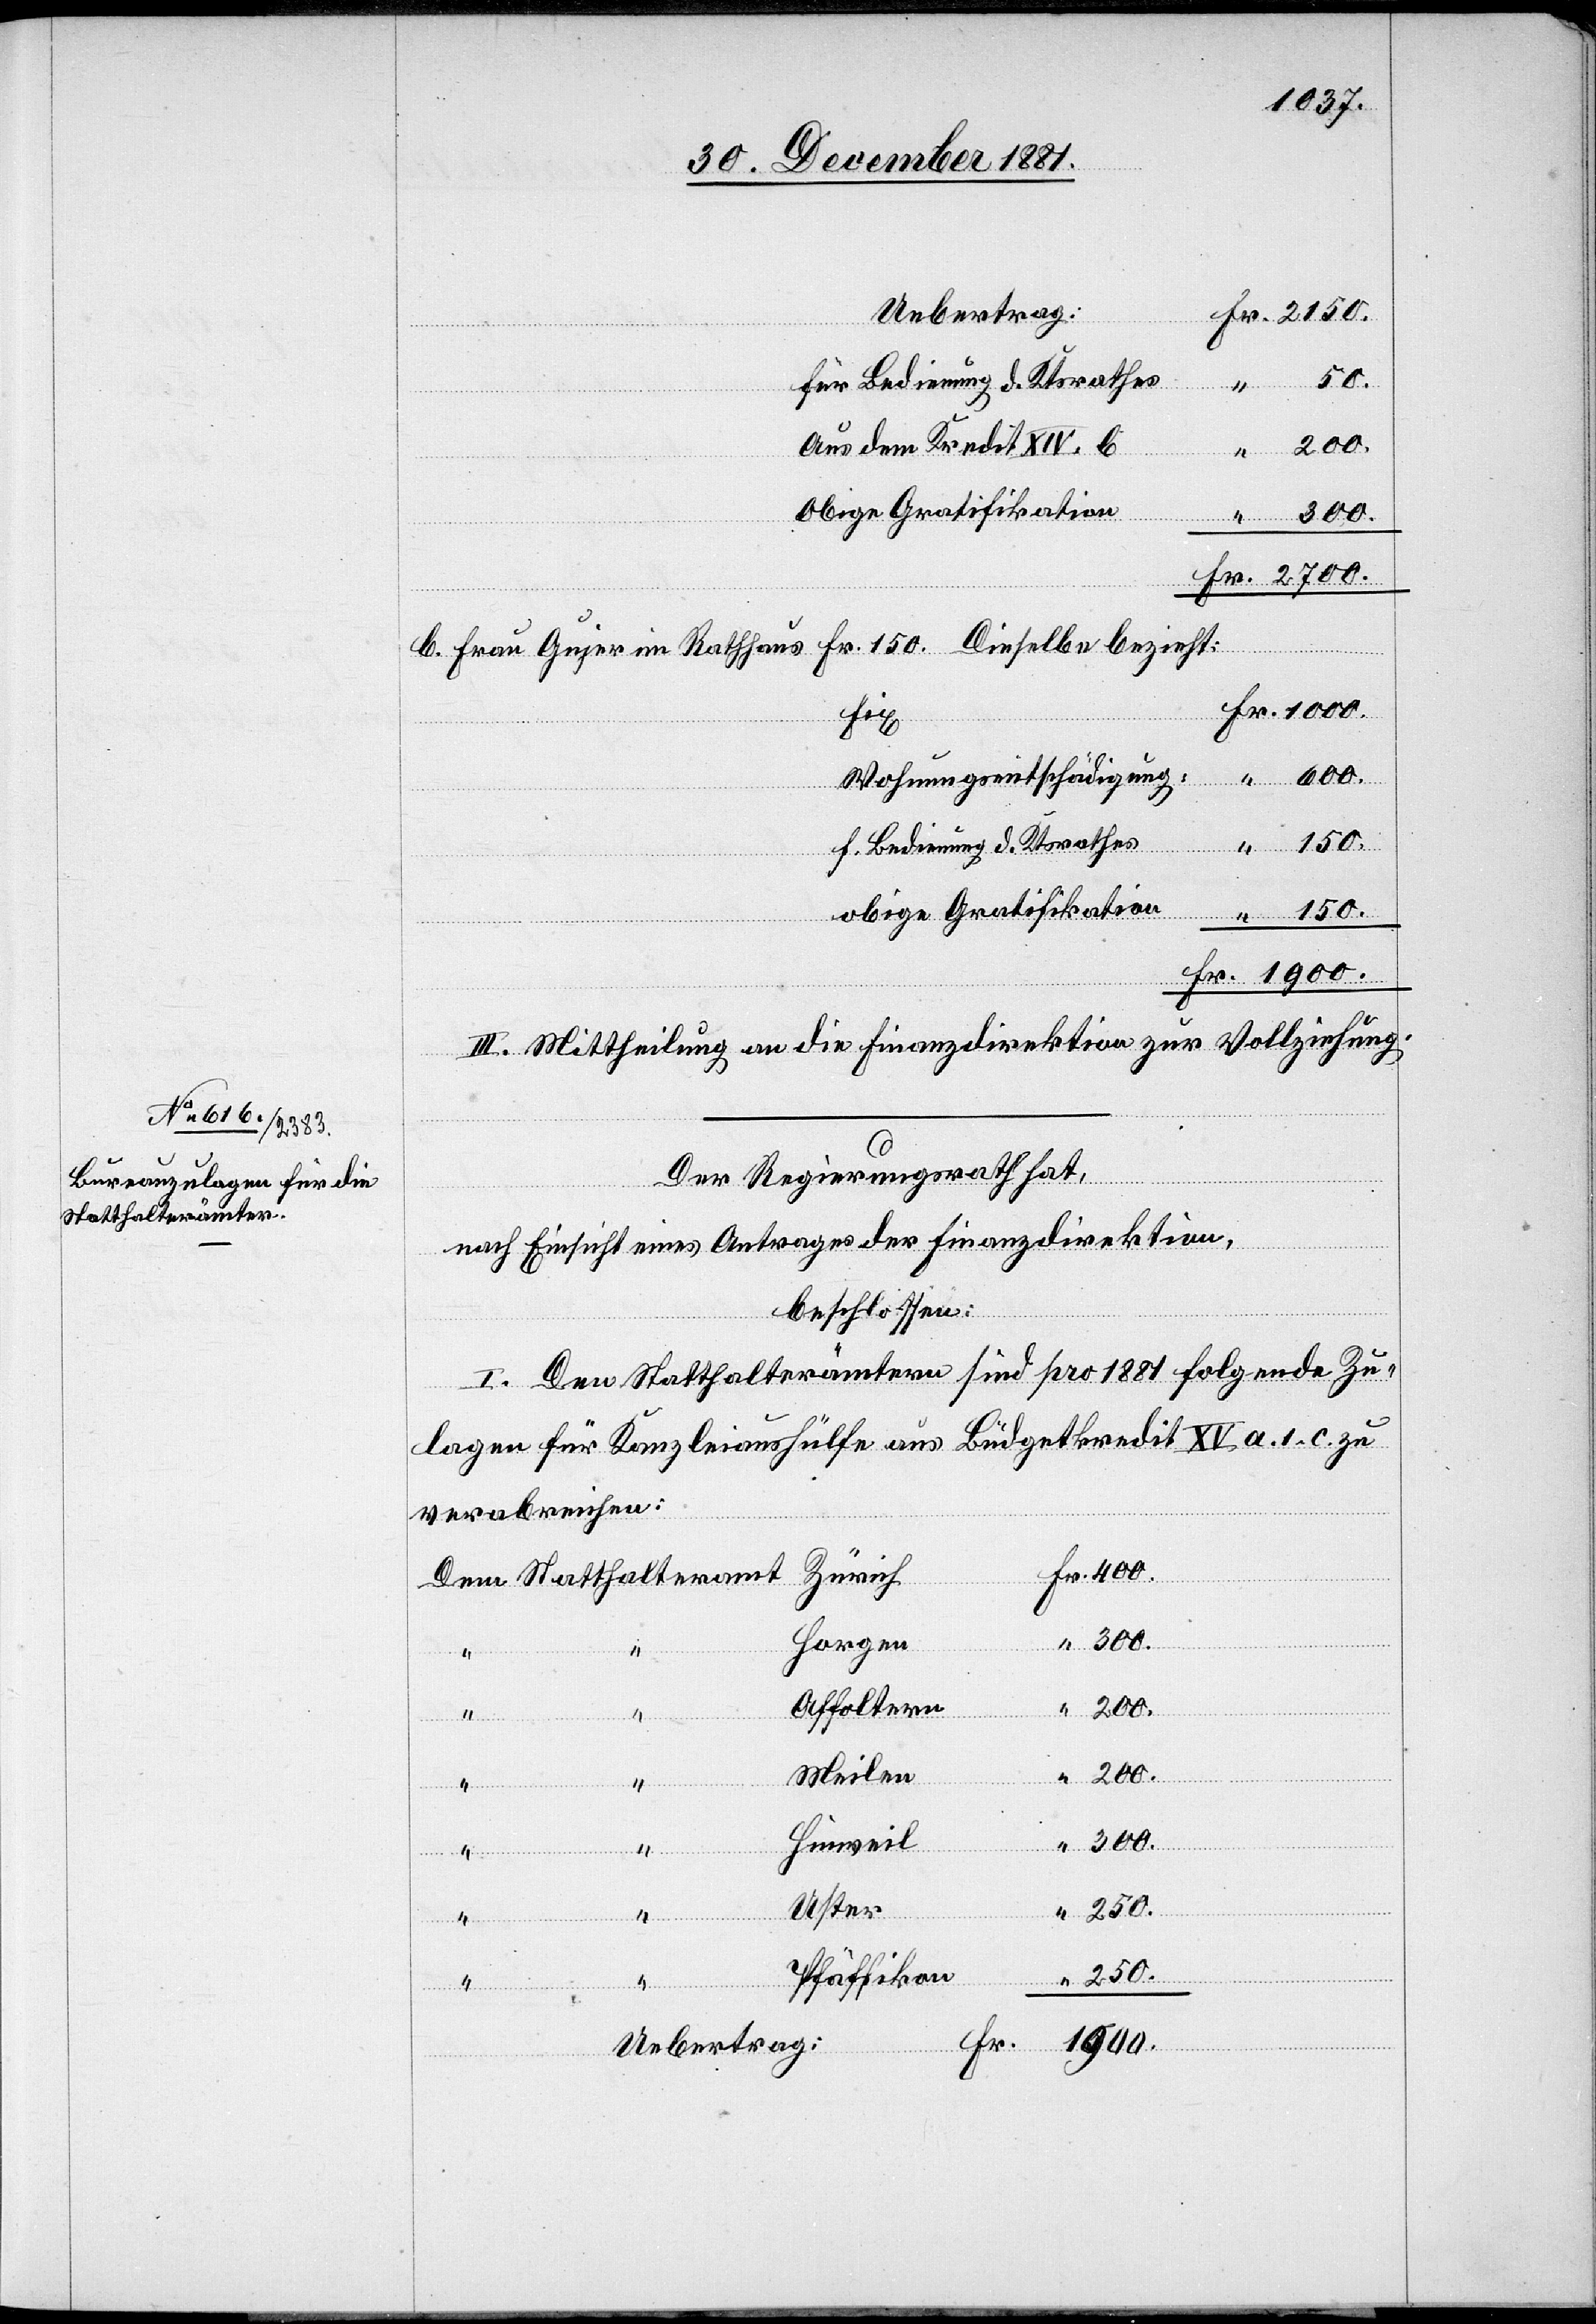
Statthalteramt

bezieht:
Uebertrag:
“
300.
für Bedienung d. Ktsrathes
Aus dem Kredit XIV. b
Obige Gratifikation
fix
Wohnungsentschädigung
f. Bedienung d. Ktsrathes
obige Gratifikation
II. Mittheilung an die Finanzdirektion zur Vollziehung.
Der Regierungsrath hat,
nach Einsicht eines Antrages der Finanzdirektion,
beschlossen:
I. Den Statthalterämtern sind pro 1881 folgende Zu¬
lagen für Kanzleiaushülfe aus Büdgetkredit XV a. 1. c. zu
verabreichen:
Zürich
Horgen
Affoltern
2700.
“
200.
Meilen
Hinweil
300.
“
Uster
250.
400.
Pfäffikon
250.
Gujer im
150.
Fr.
1900.